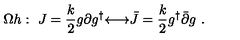
\Omega h : \ J = \frac { k } { 2 } g \partial g ^ { \dagger } { \longleftrightarrow } { \bar { J } } = \frac { k } { 2 } g ^ { \dagger } { \bar { \partial } } g \ .